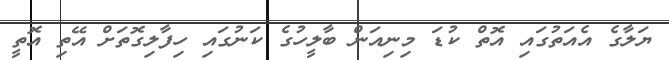
ޔަލާގެ އެއަތުގައި އޮތް ކުޑަ މިނިއަން ބާލީހުގެ ކަނުގައި ހިފާލިގޮތަށް އޭތި އޮތީ